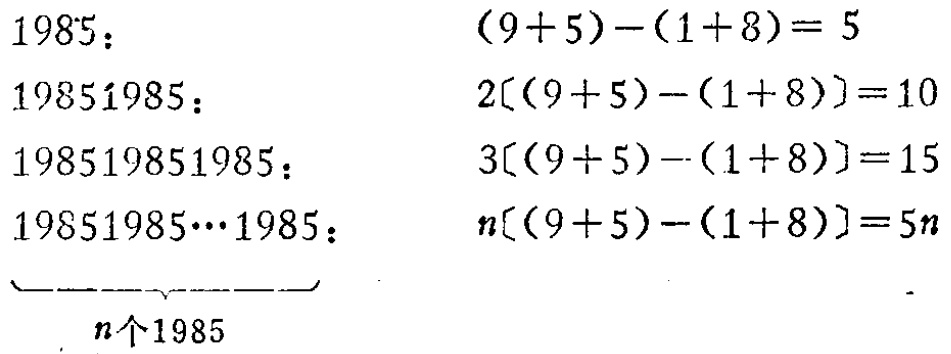
\begin{align*}

1985：&(9 + 5)-(1 + 8)= 5\\

19851985：&2[(9 + 5)-(1 + 8)]=10\\

198519851985：&3[(9 + 5)-(1 + 8)]=15\\

\underbrace{19851985\cdots1985}_{n个1985}：&n[(9 + 5)-(1 + 8)]=5n

\end{align*}